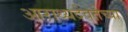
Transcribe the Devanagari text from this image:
आराध्यदेवतेच्या